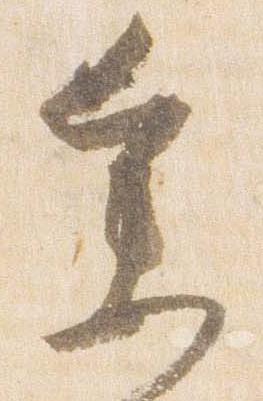
参